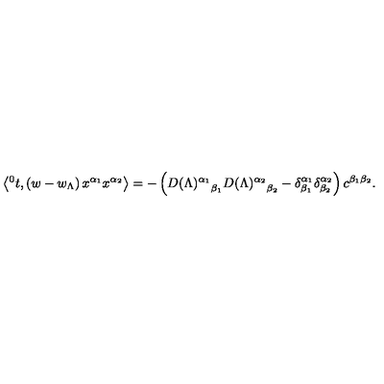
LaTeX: \left\langle { ^ 0 t } , \left( w - w _ { \Lambda } \right) x ^ { \alpha _ { 1 } } x ^ { \alpha _ { 2 } } \right\rangle = - \left( { D ( \Lambda ) ^ { \alpha _ { 1 } } } _ { \beta _ { 1 } } { D ( \Lambda ) ^ { \alpha _ { 2 } } } _ { \beta _ { 2 } } - \delta _ { \beta _ { 1 } } ^ { \alpha _ { 1 } } \delta _ { \beta _ { 2 } } ^ { \alpha _ { 2 } } \right) c ^ { \beta _ { 1 } \beta _ { 2 } } .